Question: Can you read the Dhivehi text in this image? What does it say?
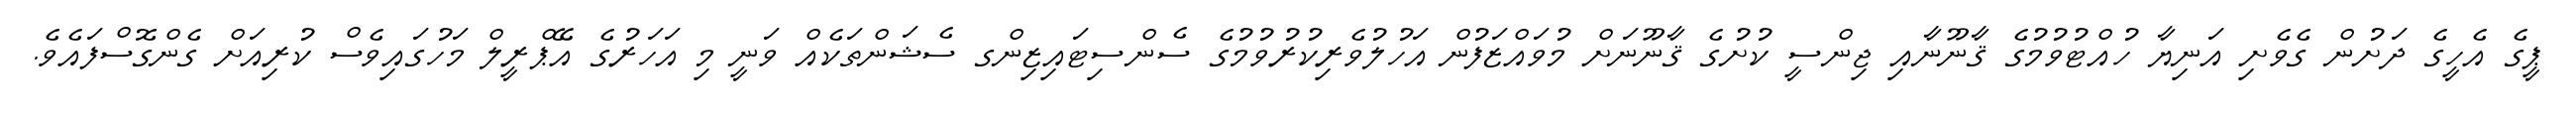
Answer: ޕީގެ އެހީގެ ދަށުން ގެވެށި އަނިޔާ ހުއްޓުވުމުގެ ޤާނޫނާއި ޖިންސީ ކުށުގެ ޤާނޫނަށް މުވައްޒަފުން އަހުލުވެރިކުރުވުމުގެ ސެންސިޓައިޒިންގ ސެޝަންތަކެއް ވަނީ މި އަހަރުގެ އޭޕްރީލް މަހުގައިވެސް ކުރިއަށް ގެންގޮސްފައެވެ.